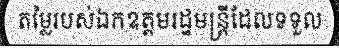
តម្លៃរបស់ឯកឧត្តមរដ្ឋមន្ត្រីដែលទទួល